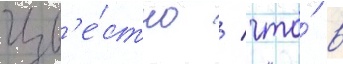
Изв'е́стно / что́ в